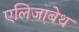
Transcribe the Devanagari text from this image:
एलिजा़बेथ